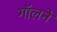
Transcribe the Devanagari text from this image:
गॉलने